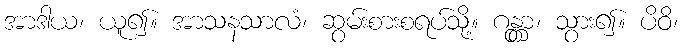
အာဒါယ၊ ယူ၍။ အာသနသာလံ၊ ဆွမ်းစားစရပ်သို့။ ဂန္တွာ၊ သွား၍။ ပိဝိ၊